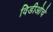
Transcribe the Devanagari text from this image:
विडीओचे